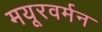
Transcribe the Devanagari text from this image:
मयूरवर्मन